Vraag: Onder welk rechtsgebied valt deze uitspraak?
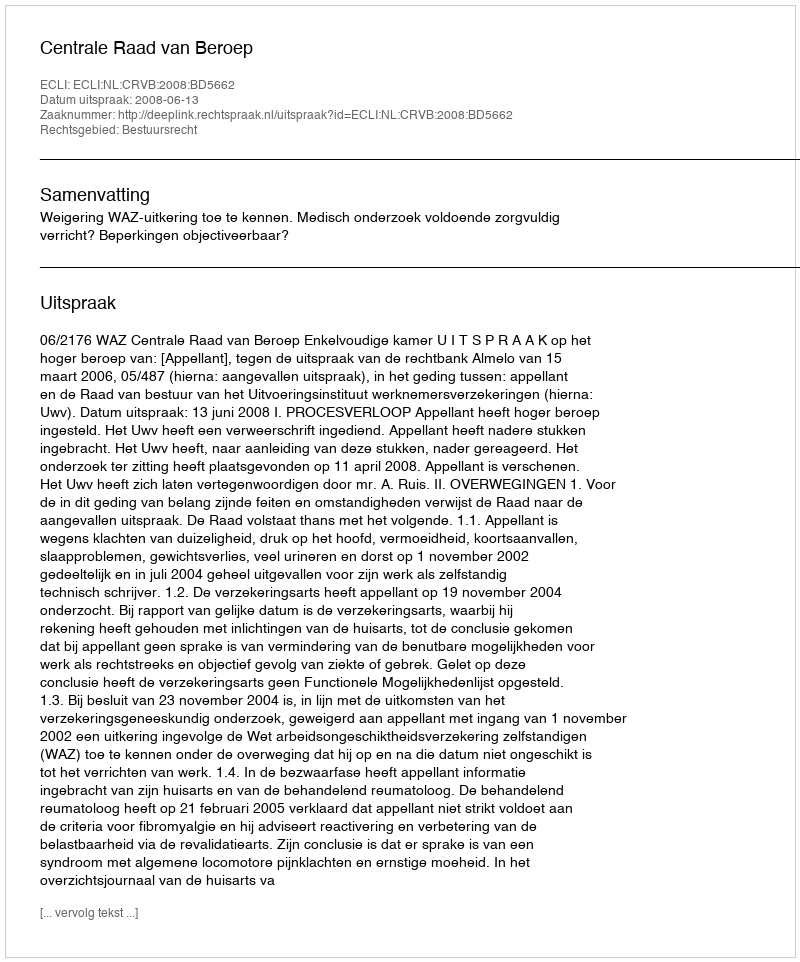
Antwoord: Bestuursrecht